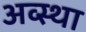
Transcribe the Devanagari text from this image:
अव्स्था